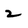
Character: 2